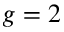
g = 2